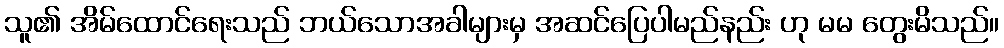
သူ၏ အိမ်ထောင်ရေးသည် ဘယ်သောအခါများမှ အဆင်ပြေပါမည်နည်း ဟု မမ တွေးမိသည်။